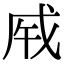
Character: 𢦩